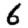
Digit: 6